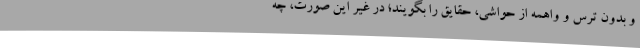
و بدون ترس و واهمه از حواشی، حقایق را بگویند؛ در غیر این صورت، چه